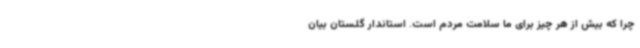
چرا که بیش از هر چیز برای ما سلامت مردم است. استاندار گلستان بیان